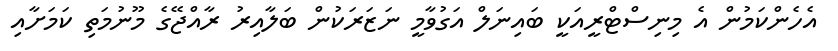
އެހެންކަމުން އެ މިނިސްޓްރީއަކީ ބައިނަލް އަގުވާމީ ނަޒަރަކުން ބަލާއިރު ރާއްޖޭގެ މޫނުމަތި ކަމަށާއި